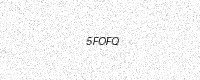
Text: 5FOFQ